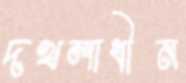
দখলাধীন